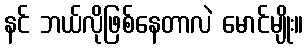
နင် ဘယ်လိုဖြစ်နေတာလဲ မောင်မျိုး။